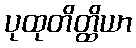
ပုထုတိတ္ထိယာ